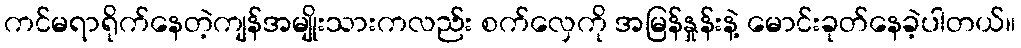
ကင်မရာရိုက်နေတဲ့ကျန်အမျိုးသားကလည်း စက်လှေကို အမြန်နှုန်းနဲ့ မောင်းခုတ်နေခဲ့ပါတယ်။